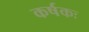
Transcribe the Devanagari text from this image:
कर्षकः